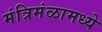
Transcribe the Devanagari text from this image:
मंत्रिमंळामध्ये